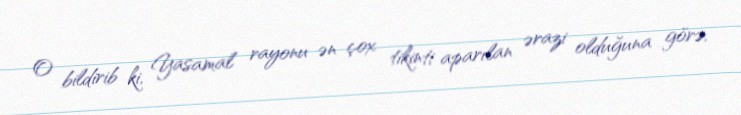
O bildirib ki, Yasamal rayonu ən çox tikinti aparılan ərazi olduğuna görə,